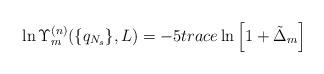
LaTeX: \begin{align*}\ln\Upsilon_m^{(n)}(\{q_{N_s}\},L)=-5trace\ln\left[1+\tilde\Delta_m\right]\end{align*}